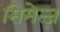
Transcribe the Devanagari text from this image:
सिमेत्ज़